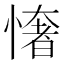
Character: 㦋